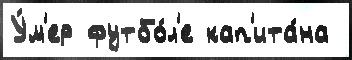
У́м'ер футбо́л'е кап'ита́на